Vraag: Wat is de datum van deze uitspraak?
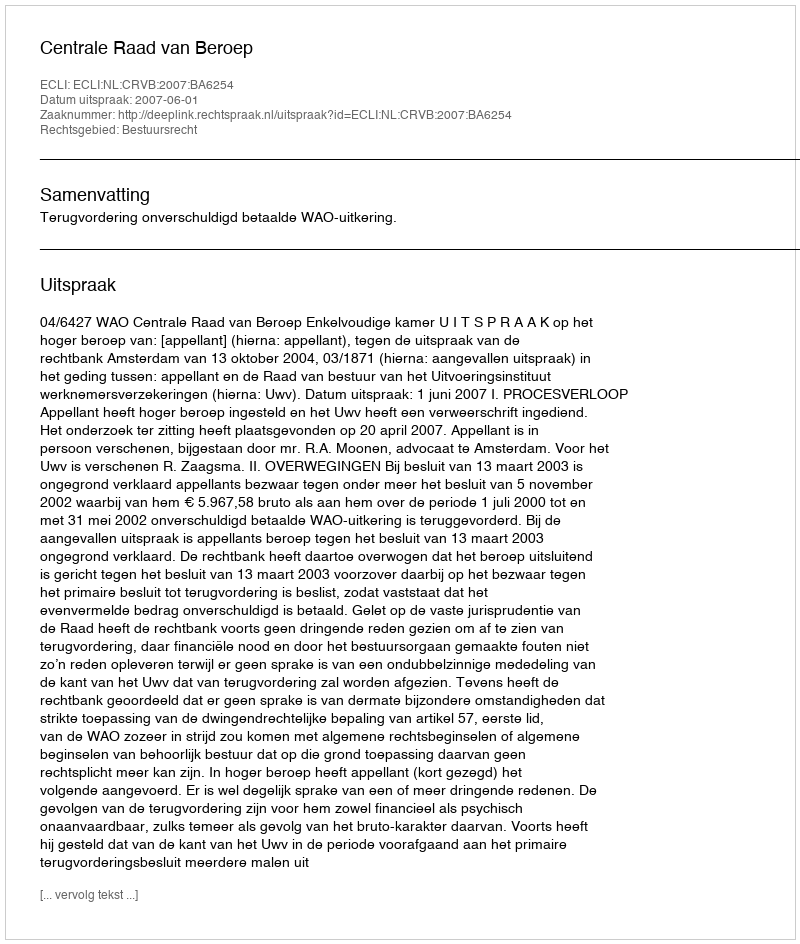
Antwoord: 2007-06-01